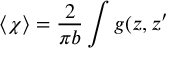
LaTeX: \left\langle \chi \right\rangle = \frac 2 { \pi b } \int g ( z , z ^ { \prime }